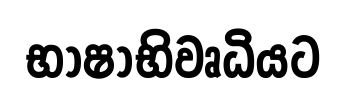
භාෂාභිවෘධියට